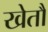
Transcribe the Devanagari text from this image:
खेतौं